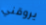
يروقني